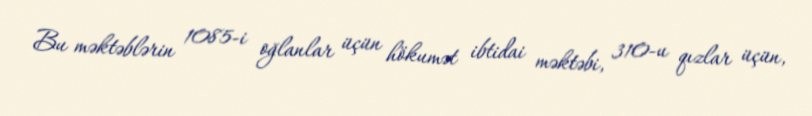
Bu məktəblərin 1085-i oğlanlar üçün hökumət ibtidai məktəbi, 310-u qızlar üçün,